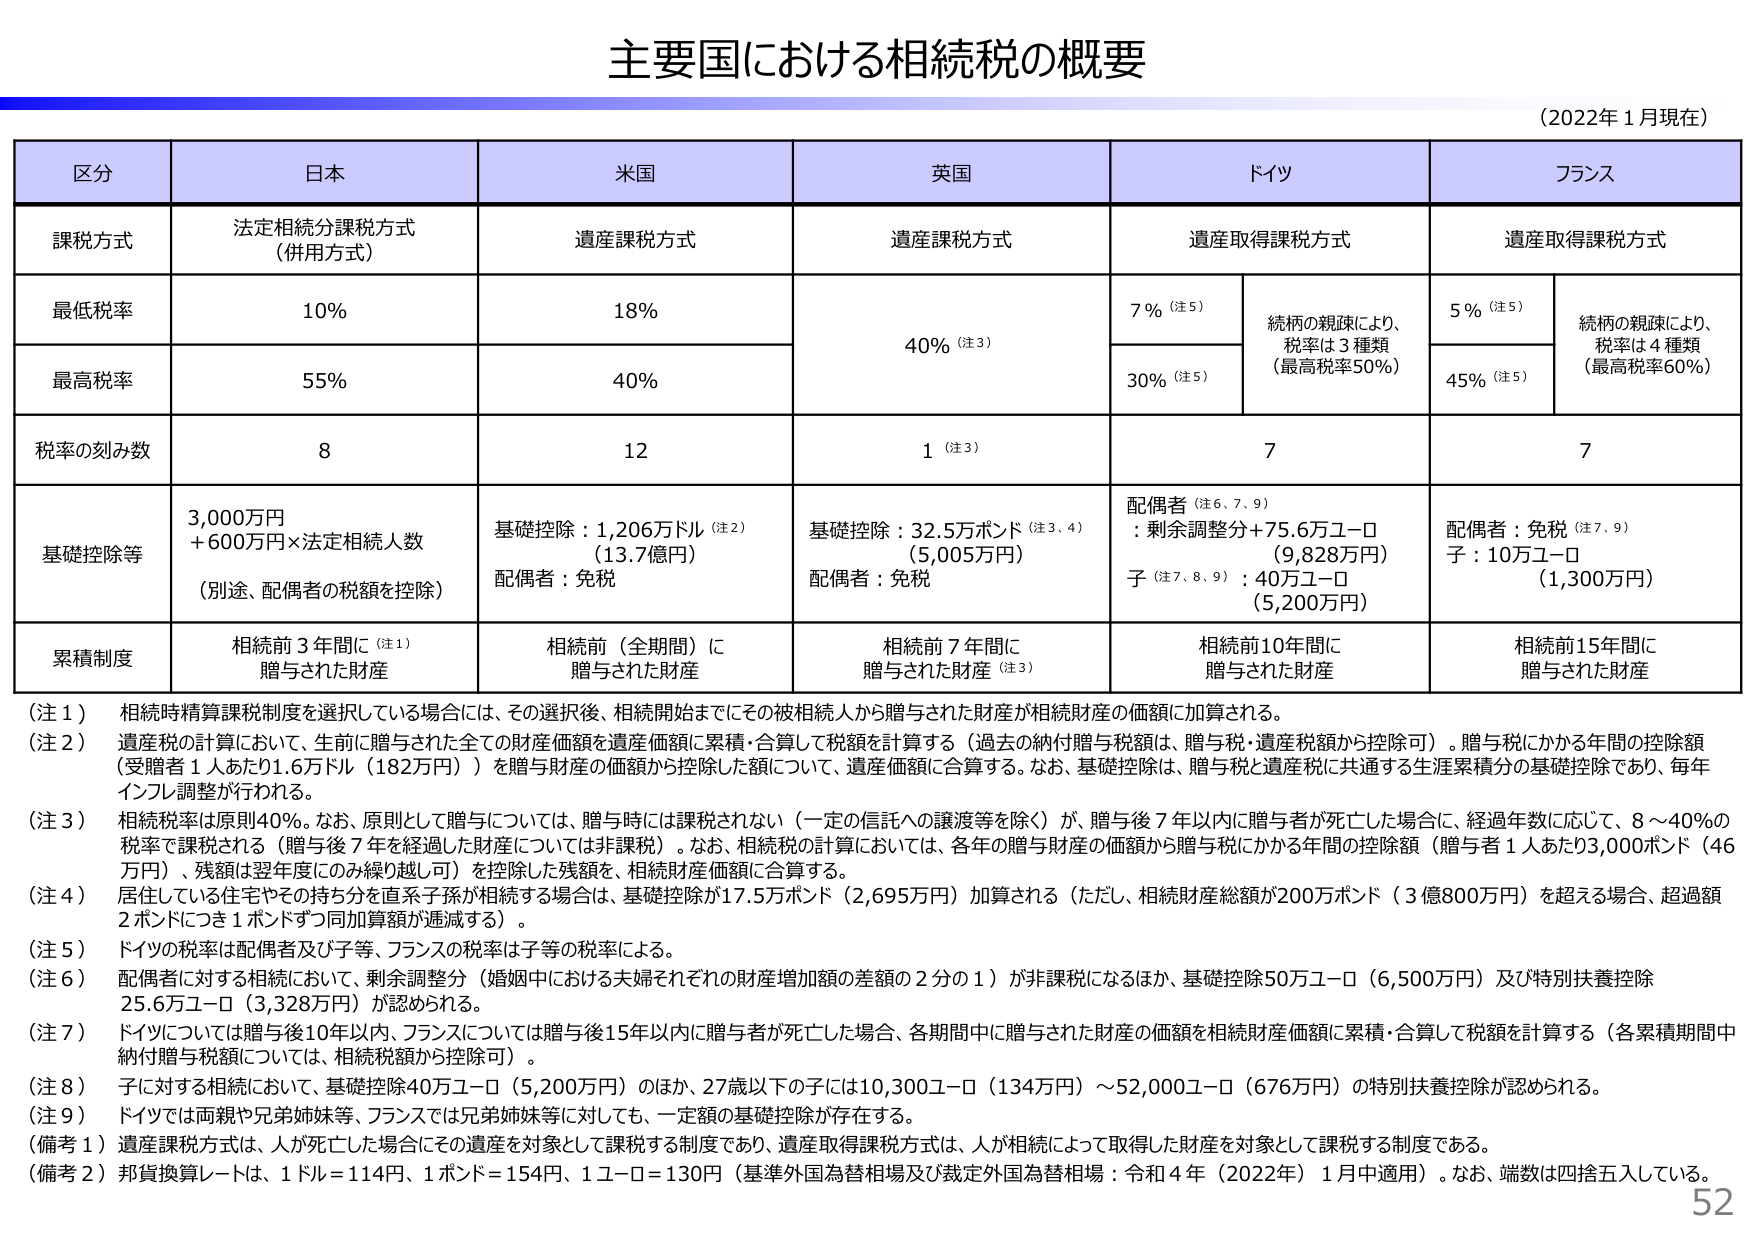
主要国における相続税の概要
（2022年1月現在）

区分　　日本　　米国　　英国　　ドイツ　　フランス

課税方式　　法定相続分課税方式（併用方式）　　遺産課税方式　　遺産課税方式　　遺産取得課税方式　　遺産取得課税方式

最低税率　　10%　　18%　　40%（注3）　　7%（注5）　　5%（注5）
　　　　　　　　　　　　　　　　　　　　　　継柄の親疎により、税率は3種類（最高税率50%）　　継柄の親疎により、税率は4種類（最高税率60%）

最高税率　　55%　　40%　　　　　　　　30%（注5）　　45%（注5）

税率の刻み数　　8　　12　　1（注3）　　7　　7

基礎控除等　　3,000万円＋600万円×法定相続人数（別途、配偶者の税額を控除）　　基礎控除：1,206万ドル（注2）（13.7億円）配偶者：免税　　基礎控除：32.5万ポンド（注3、4）（5,005万円）配偶者：免税　　配偶者（注6、7、9）：剰余調整分＋75.6万ユーロ（9,828万円）子（注7、8、9）：40万ユーロ（5,200万円）　　配偶者：免税（注7、9）子：10万ユーロ（1,300万円）

累積制度　　相続前3年間に（注1）贈与された財産　　相続前（全期間）に贈与された財産　　相続前7年間に贈与された財産（注3）　　相続前10年間に贈与された財産　　相続前15年間に贈与された財産

（注1）相続時精算課税制度を選択している場合には、その選択後、相続開始までにその被相続人から贈与された財産が相続財産の価額に加算される。
（注2）遺産税の計算において、生前に贈与された全ての財産価額を遺産価額に累積・合算して税額を計算する（過去の納付贈与税額は、贈与税・遺産税額から控除可）。贈与税にかかる年間の控除額（受贈者1人あたり1.6万ドル（182万円））を贈与財産の価額から控除した額について、遺産価額に合算する。なお、基礎控除は、贈与税と遺産税に共通する生涯累積分の基礎控除であり、毎年インフレ調整が行われる。
（注3）相続税率は原則40%。なお、原則として贈与については、贈与時には課税されない（一定の信託への譲渡等を除く）が、贈与後7年以内に贈与者が死亡した場合には、経過年数に応じて、8～40%の税率で課税される（贈与後7年を経過した財産については非課税）。なお、相続税の計算においては、各年の贈与財産の価額から贈与税にかかる年間の控除額（贈与者1人あたり3,000ポンド（46万円）、残額は翌年度にのみ繰り越しが可）を控除した残額を、相続財産価額に合算する。
（注4）居住している住宅やその持ち分を直系子孫が相続する場合は、基礎控除が17.5万ポンド（2,695万円）加算される（ただし、相続財産総額が200万ポンド（3億800万円）を超える場合、超過額2ポンドにつき1ポンドずつ同加算額が逓減する）。
（注5）ドイツの税率は配偶者及び子等、フランスの税率は子等の税率による。
（注6）配偶者に対する相続において、剰余調整分（婚姻中における夫婦それぞれの財産増加額の差額の2分の1）が非課税になるほか、基礎控除50万ユーロ（6,500万円）及び特別扶養控除25.6万ユーロ（3,328万円）が認められる。
（注7）ドイツについては贈与後10年以内、フランスについては贈与後15年以内に贈与者が死亡した場合、各期間中に贈与された財産の価額を相続財産価額に累積・合算して税額を計算する（各累積期間中納付贈与税額については、相続税額から控除可）。
（注8）子に対する相続において、基礎控除40万ユーロ（5,200万円）のほか、27歳以下の子には10,300ユーロ（134万円）～52,000ユーロ（676万円）の特別扶養控除が認められる。
（注9）ドイツでは両親や兄弟姉妹等、フランスでは兄弟姉妹等に対しても、一定額の基礎控除が存在する。
（備考1）遺産課税方式は、人が死亡した場合にその遺産を対象として課税する制度であり、遺産取得課税方式は、人が相続によって取得した財産を対象として課税する制度である。
（備考2）邦貨換算レートは、1ドル＝114円、1ポンド＝154円、1ユーロ＝130円（基準外国為替相場及び裁定外国為替相場：令和4年（2022年）1月中適用）。なお、端数は四捨五入している。

52